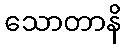
သောတာနိ